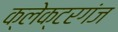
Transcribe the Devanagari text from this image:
क्लेक्टरगंज